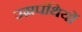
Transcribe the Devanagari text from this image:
उग्रपंथियों